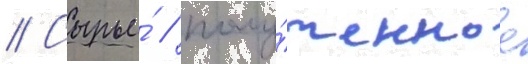
// Сырье́ / полу́ченное